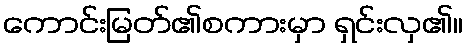
ကောင်းမြတ်၏စကားမှာ ရှင်းလှ၏။